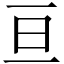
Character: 亘